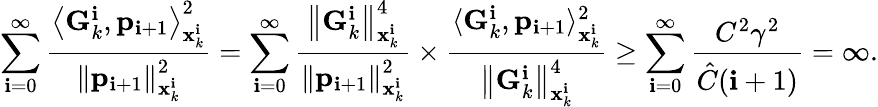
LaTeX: \sum_{\mathbf{i}=0}^{\infty}\frac{{\left\langle\mathbf{{G}}_{k}^{\mathbf{i}},\mathbf{{p}}_{\mathbf{i}+1}\right\rangle_{\mathbf{{x}}_{k}^{\mathbf{i}}}^{2}}}{{\left\| \mathbf{{p}}_{\mathbf{i}+1}\right\| _{\mathbf{{x}}_{k}^{\mathbf{i}}}^{2}}}=\sum_{\mathbf{i}=0}^{\infty}\frac{{\left\| \mathbf{{G}}_{k}^{\mathbf{i}}\right\| _{\mathbf{{x}}_{k}^{\mathbf{i}}}^{4}}}{{\left\| \mathbf{{p}}_{\mathbf{i}+1}\right\| _{\mathbf{{x}}_{k}^{\mathbf{i}}}^{2}}}\times\frac{{\langle\mathbf{{G}}_{k}^{\mathbf{i}},\mathbf{{p}}_{\mathbf{i}+1}\rangle_{\mathbf{{x}}_{k}^{\mathbf{i}}}^{2}}}{{\left\| \mathbf{{G}}_{k}^{\mathbf{i}}\right\| _{\mathbf{{x}}_{k}^{\mathbf{i}}}^{4}}}\ge\sum_{\mathbf{i}=0}^{\infty}\frac{{C^{2}\gamma^{2}}}{{\hat{{C}}(\mathbf{i}+1)}}=\infty.